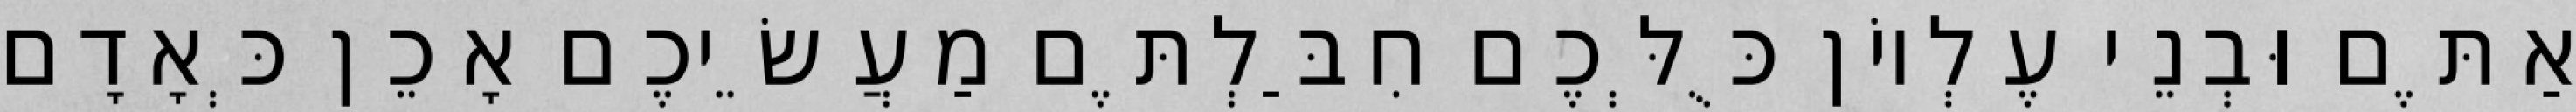
אַתֶּם וּבְנֵי עֶלְיוֹן כֻּלְּכֶם חִבַּלְתֶּם מַעֲשֵׂיכֶם אָכֵן כְּאָדָם